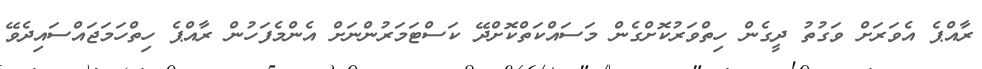
ރާއްޕެ އެވަރަށް ވަގުތު ދީގެން ހިތްވަރުކޮށްގެން މަސައްކަތްކޮށްދޭ ކަސްޓަމަރުންނަށް އެންމެފަހުން ރާއްޕެ ހިތްހަމަޖައްސައިދެވޭ